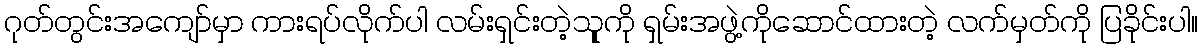
ဂုတ်တွင်းအကျော်မှာ ကားရပ်လိုက်ပါ လမ်းရှင်းတဲ့သုူကို ရှမ်းအဖွဲ့ကိုဆောင်ထားတဲ့ လက်မှတ်ကို ပြခိုင်းပါ။